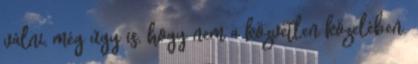
válni, még úgy is, hogy nem a közvetlen közelében.